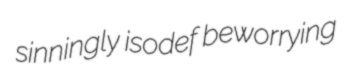
sinningly isodef beworrying